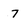
Character: 7